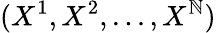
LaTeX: (X^{1},X^{2},...,X^{\mathbb{N}})